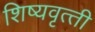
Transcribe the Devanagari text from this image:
शिष्‍यवृत्‍ती